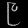
Digit: ၉